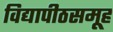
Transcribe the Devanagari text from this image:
विद्यापीठसमूह